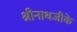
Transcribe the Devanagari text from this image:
श्रीनाथजीके